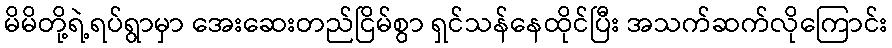
မိမိတို့ရဲ့ရပ်ရွာမှာ အေးဆေးတည်ငြိမ်စွာ ရှင်သန်နေထိုင်ပြီး အသက်ဆက်လိုကြောင်း